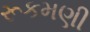
રૂકમણી